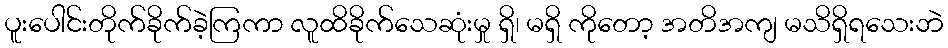
ပူးပေါင်းတိုက်ခိုက်ခဲ့ကြကာ လူထိခိုက်သေဆုံးမှု ရှိ၊ မရှိ ကိုတော့ အတိအကျ မသိရှိရသေးဘဲ